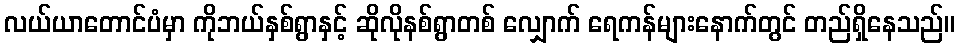
လယ်ယာတောင်ပံမှာ ကိုဘယ်နှစ်ရွာနှင့် ဆိုလိုနစ်ရွာတစ် လျှောက် ရေကန်များနောက်တွင် တည်ရှိနေသည်။